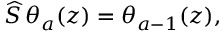
\widehat { S } \, \theta _ { a } ( z ) = \theta _ { a - 1 } ( z ) ,